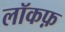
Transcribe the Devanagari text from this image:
लॉकफ़